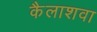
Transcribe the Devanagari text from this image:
कैलाशवा